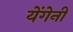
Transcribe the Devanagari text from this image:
येंगेनी